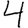
Digit: 4